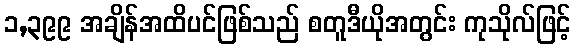
၁,၃၉၉ အချိန်အထိပင်ဖြစ်သည် စတူဒီယိုအတွင်း ကုသိုလ်ဖြင့်